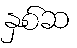
နှစ်ဆ